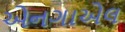
એનગાએલ